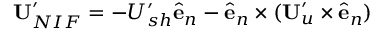
\mathbf { U } _ { N I F } ^ { \prime } = - U _ { s h } ^ { \prime } \ensuremath { \hat { \mathbf { e } } } _ { n } - \ensuremath { \hat { \mathbf { e } } } _ { n } \times ( \mathbf { U } _ { u } ^ { \prime } \times \ensuremath { \hat { \mathbf { e } } } _ { n } )